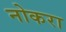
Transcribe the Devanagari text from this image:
नोकरा